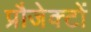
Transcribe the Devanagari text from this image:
प्रौजेक्टों